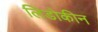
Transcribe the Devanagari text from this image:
लिडोकीन